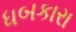
ધબકારા